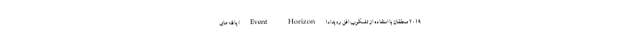
۲۰۱۹ محققان با استفاده از تلسکوپ افق رویداد(Event Horizon) یافته‌های